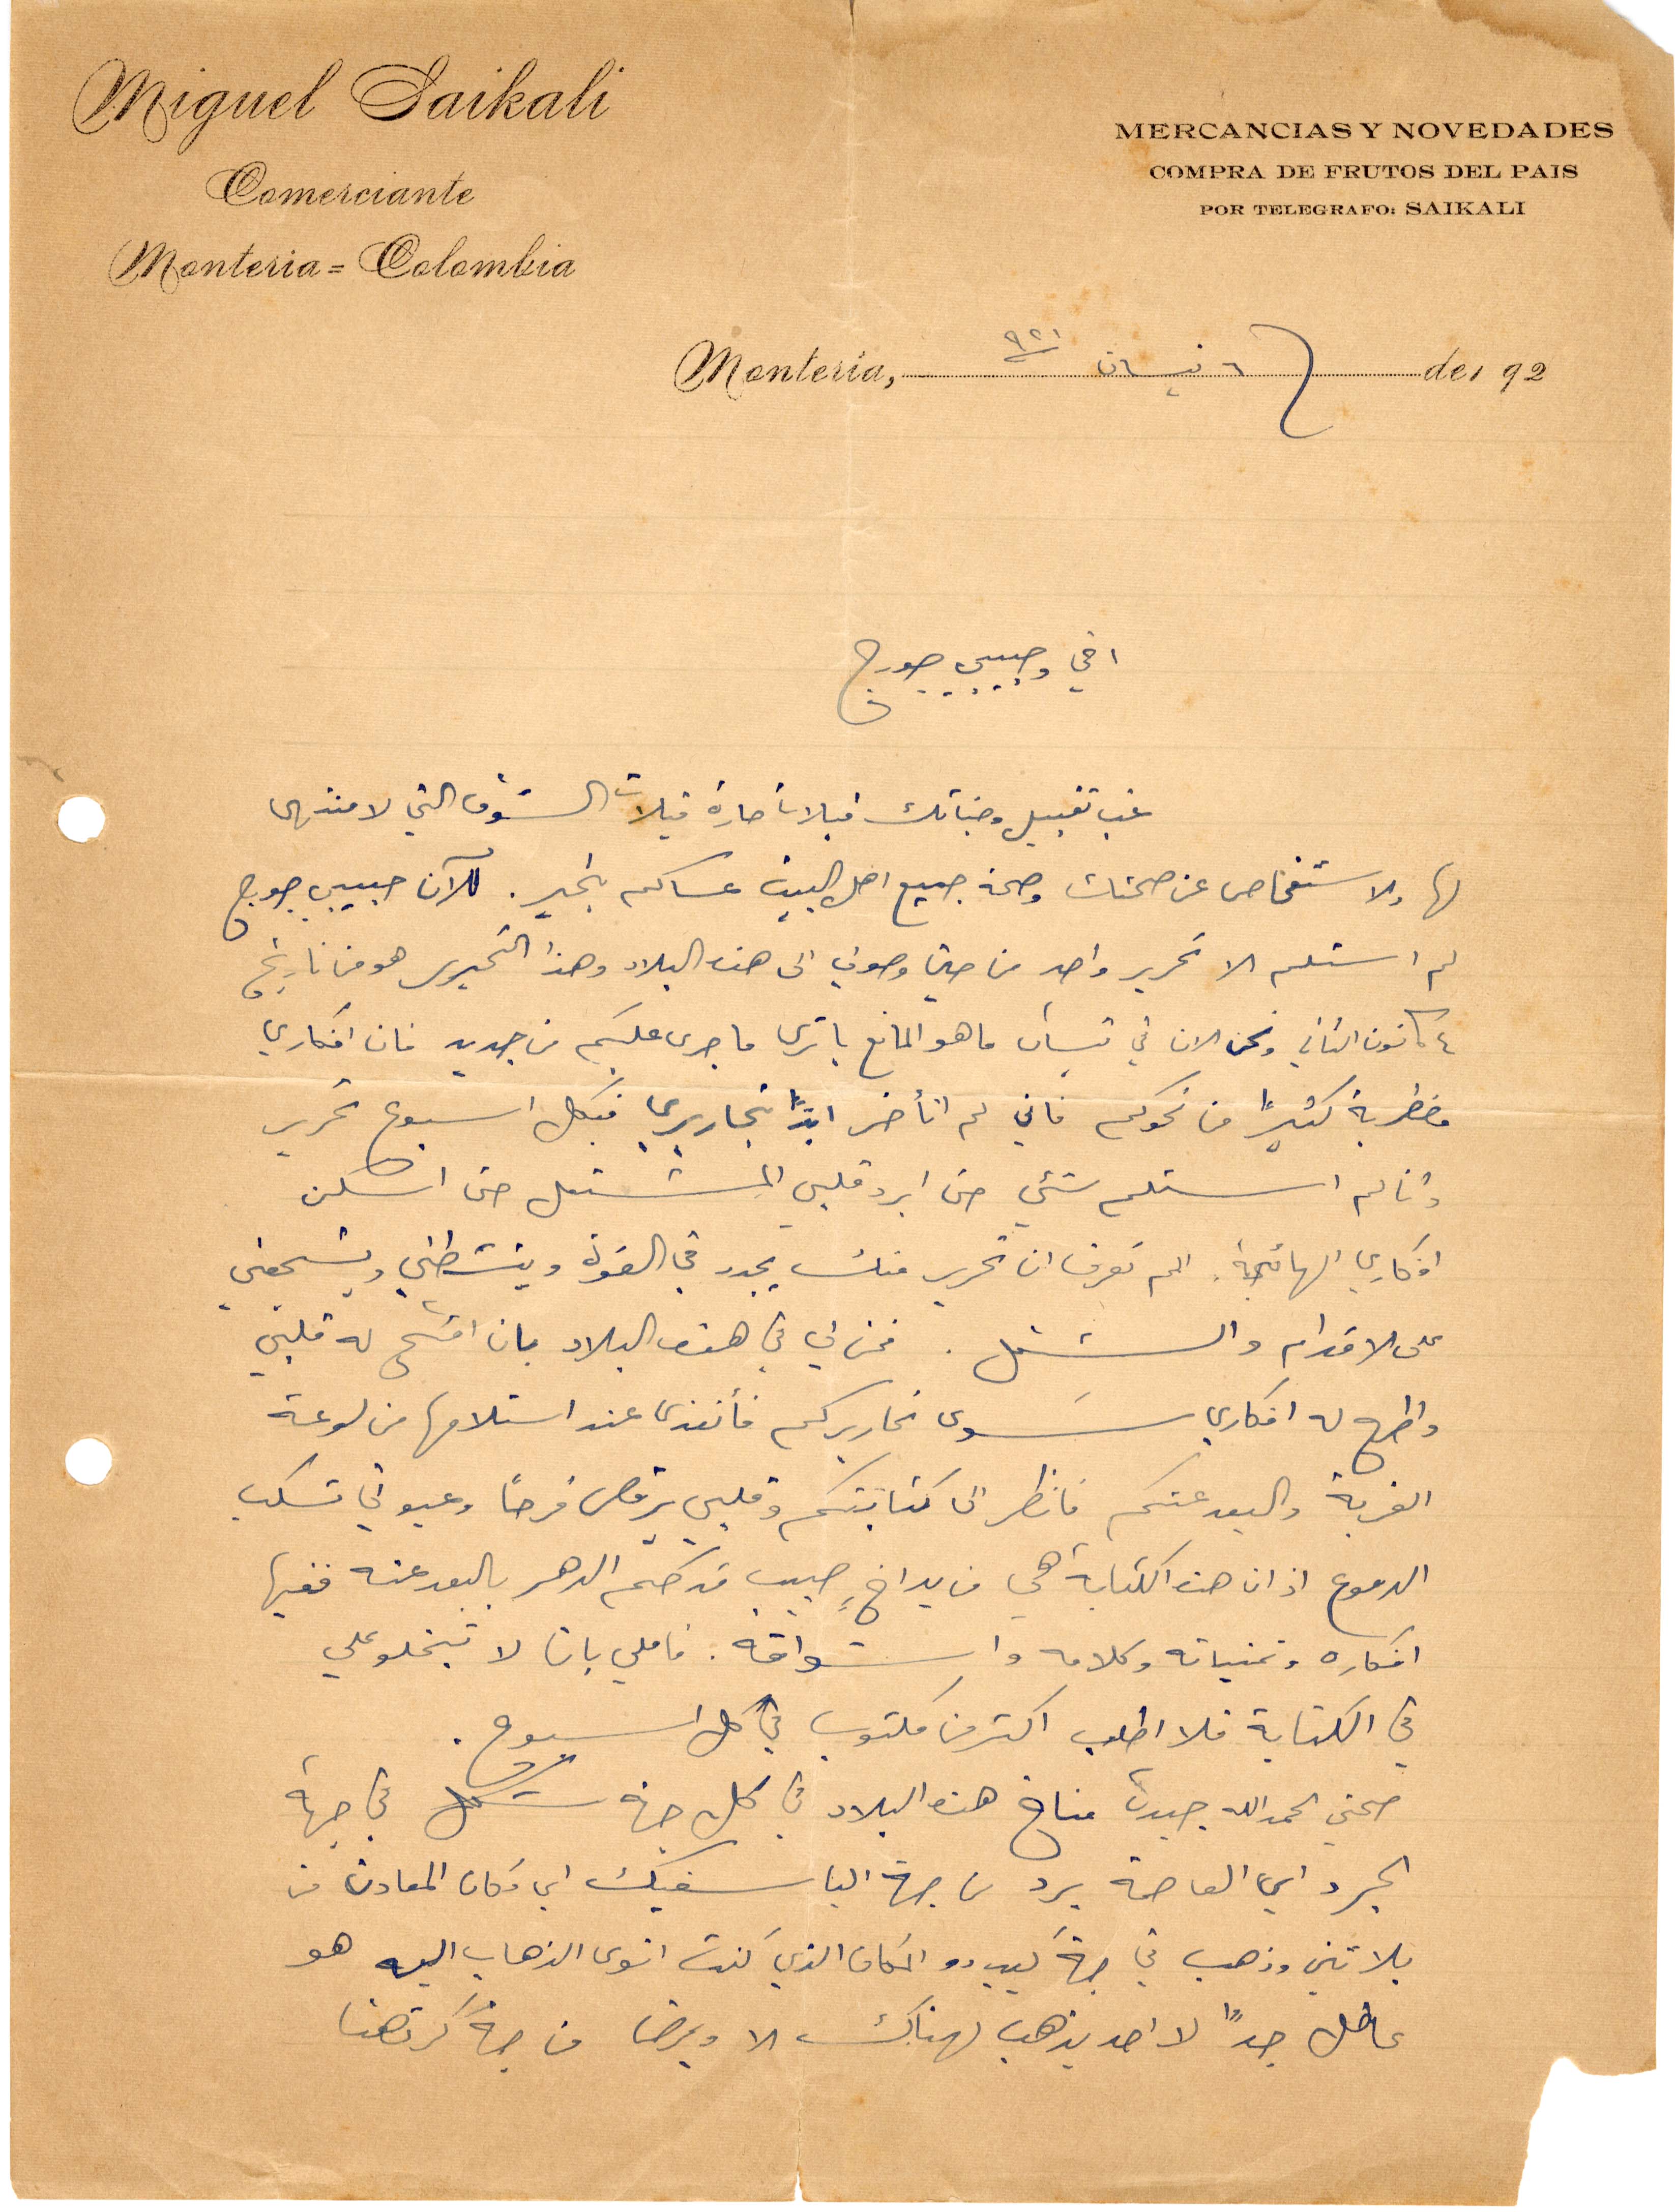
اخي وحبيبي جورج
نحب تقبيل وجناتك قبلات حارة قبلات الشوق التي لا منتهى
لها ولاسنفحاص عن صحتك وصحة جميع اهل البيت عساكم بخير. للآن حبيبي جورج
لم استلم الا تحرير واحد من حين وصولي الى هذه البلاد وهذا التحرير هو من تاريخ
كانون الثاني ونحن الآن في نيسان ما هو المانع يا ترى ما جرى عليكم من جديد فان افكاري
مضطربة كثيرًا من نحوكم فاني لم أتأخر ابدًأ بتحاريري قبكل أسبوع تحرير
وانا لم استلم شيء حتى ابرد قلبي المشتعل حتى اسكن
افكاري الهائجة. الم تعرف ان تحرير منك يجدد في القوة وينشطني ويشجعني
على الاقدام والشغل. فمن لي في هذه البلاد بان افتح له قلبي
واطرح له افكاري سوى تحاريركم فانقذها عند استلامها من لوعة
الغربة والبعد عنطم فانظر الى كتابتكم وقلبي يرقص فرحًا وعيوني تسكب
الدموع اذ ان هذه الكتابة هي من يد اخ حبيب قد حكم الدهر بالبعد عنه ففيها
أفكاره وتمنياته وكلامه واشواقه. فأملي بان لا تبخلو علي
في الكتابة فلا اطلب اكتر من مكتوب في كل أسبوع
صحتي الحمدالله جيدة مناخ هذه البلاد في كل جهة شكل في جهة
الجرد أي العاصمة برد من جهة الباسفيك أي مكان المعادن من
بلاتين وذهب في جهة كيبيدو المكان الذي كنت انوي الذهاب اليه هو
عاطل جدًا لا احد يهذب لهناك ولا يمرض من جهة كرتهنا